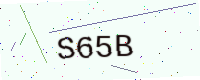
Text: S65B